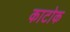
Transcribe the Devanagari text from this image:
काटोक